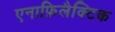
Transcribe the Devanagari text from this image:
एनाफ़िलैक्टिक